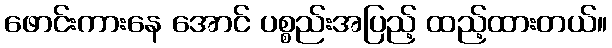
ဖောင်းကားနေ အောင် ပစ္စည်းအပြည့် ထည့်ထားတယ်။